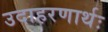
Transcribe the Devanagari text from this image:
उदाहरणार्थः